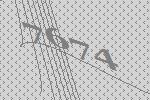
7674